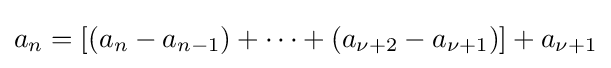
a_{n}=[(a_{n}-a_{n-1})+\dots +(a_{\nu +2}-a_{\nu +1})]+a_{\nu +1}